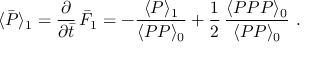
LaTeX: \langle \bar { P } \rangle _ { 1 } = { \frac { \partial } { \partial \bar { t } } } \, \bar { F } _ { 1 } = - { \frac { \langle P \rangle _ { 1 } } { \langle P P \rangle _ { 0 } } } + { \frac { 1 } { 2 } } \, { \frac { \langle P P P \rangle _ { 0 } } { \langle P P \rangle _ { 0 } } } \ .